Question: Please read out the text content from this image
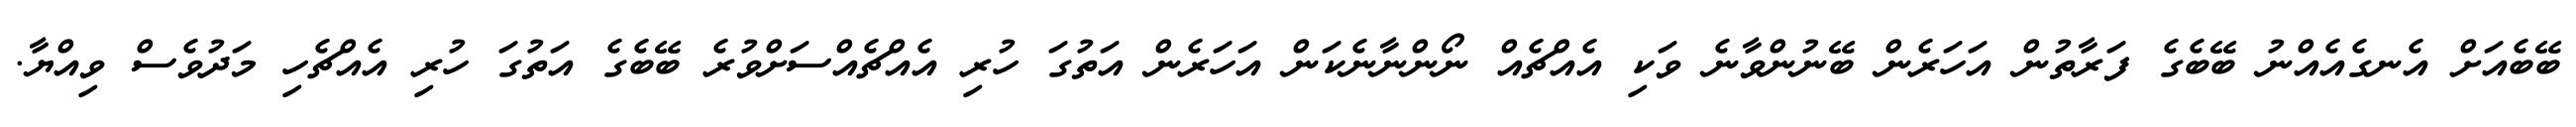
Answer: ބޭބެއަށް އެނގެއެއްނު ބޭބެގެ ފަރާތުން އަހަރެން ބޭނުންވާނެ ވަކި އެއްޗެއް ނޯންނާނެކަން އަހަރެން އަތުގަ ހުރި އެއްޗެއްސަށްވުރެ ބޭބެގެ އަތުގަ ހުރި އެއްޗެހި މަދުވެސް ވިއްޔާ.